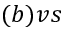
( b ) v s